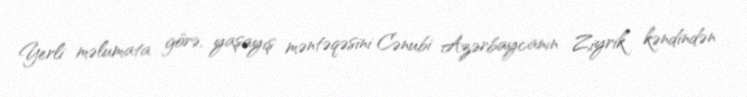
Yerli məlumata görə, yaşayış məntəqəsini Cənubi Azərbaycanın Ziyrik kəndindən